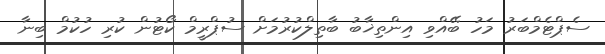
ސެޕްޓެމްބަރު މަހު ބޭއްވި އިންތިޚާބު ބާތިލްކުރުމަށް ސުޕްރީމް ކޯޓުން ކުރި ހުކުމް ބިނާ